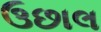
ઉછાલ